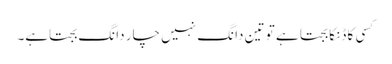
کسی کا ڈنکا بجتا ہے تو تین دانگ نہیں چار دانگ بجتاہے۔